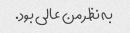
به نظر من عالی بود.